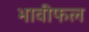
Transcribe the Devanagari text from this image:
भावीफल